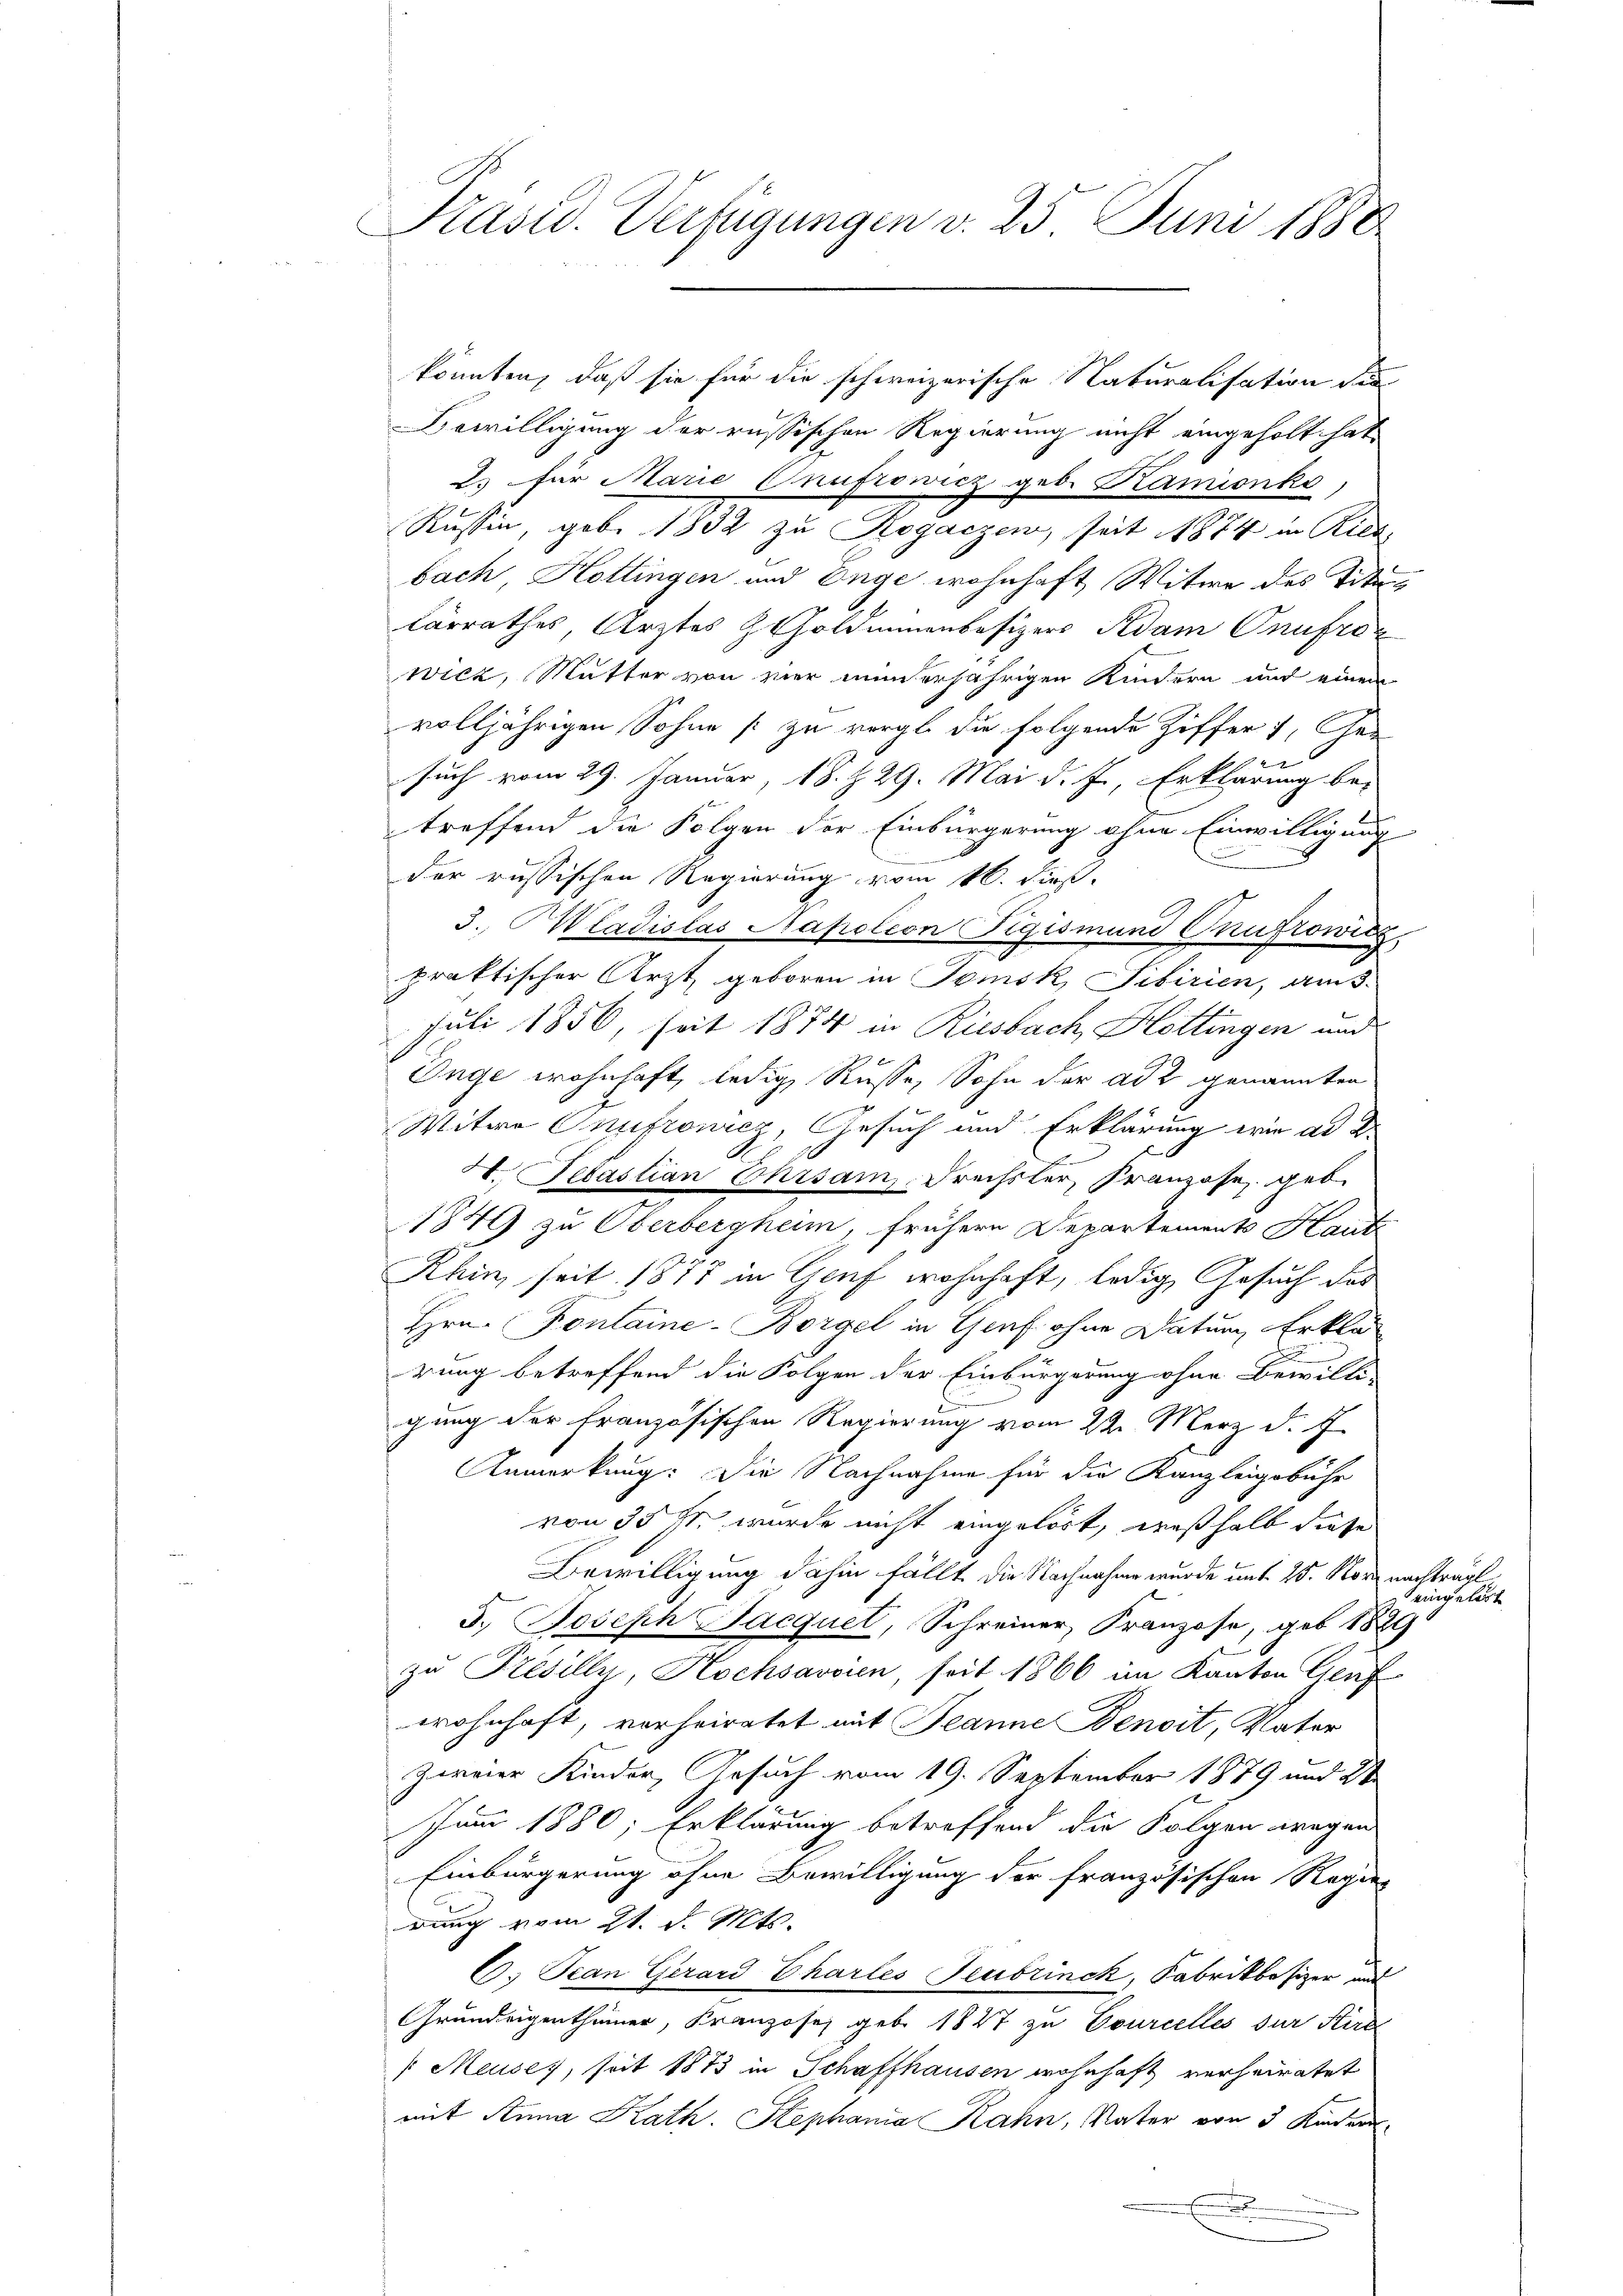
Präsid. Verfügungen v. 25 Juni 1888

Bewilligung der russischen Regierung nicht eingeholt hat,
2. für Marie Onufrowicz geb. Kamionko
Russin, geb. 1832 zu Rogaczen, seit 1874 in Rica,
bach Hottingen und Enge wohnhaft Witwe des Tite
lärrathes Ärztes H. Goldmünenbesizers Adam Onufro
wicz, Mutter von vier munerjährigen Kindern und einem
volljährigen Sohne [zu vergl. die folgende Ziffer, Ge-
such vom 29. Januar, 18. Z. 29. Mai d. J., Erklärung be-
treffend die Folgen der Einbürgerung ohne Einwilligung
der russischen Regierung vom 16. dieß.
3. Wladislas Napoleon Rigismund Crufrowicz
praktischer Arzt, geboren in Tomsk Sibirien, am 3.
Juli 1856, seit 1874 in Riesbach Hottingen und
Enge wohnhaft, ledig, Russe, Sohn der ad 2 genannten
Witwe Onufrowicz, Gesuch und Erklärung wie ad 2.
I. Petastian Ehrsam, Frechsler, Franzose geb.
1849 zu Oberbergheim, frühere Departements Haut
Rhin, seit 1877 in Genf wohnhaft, ledig, Gesuch das
Hrn. Kontaine-Borgel in Genf ohne Datum Erklär
rung betreffend die Folgen der Einbürgerung ohne Bewilli-
gung der französischen Regierung vom 22. März d. J
Anmerkung: Die Nachnahme für die Kanzleigebühr
von 35 s. wurde nicht eingelöst, weßhalb diese
Bewilligung dahin fällt die Nachnahme wurde unt. 25. Norz nachtraul
5.) Joseph Bacquel, Schreiner, Franzose, geb. 1889
zu Présill, Kochsavoin, soit 1866 im Kanton Genf
wohnhaft, vorheiratet mit Jeanne Benoit, Vater
zweier Kinder, Gesuch vom 19. September 1879 und St
Juni 1880; Erklärung betreffend die Folgen wegen
Einbürgerung ohne Bewilligung der französischen Regen
rung vom 21. d. Mts.
C. Tean Gerard Chartes Neubrinck, Fabrikbesizer und
Grundeigenthümer, Franzose, geb. 1847 zu Courcelles zur Stirb
Meuses, seit 1873 in Schaffhausen wohnhaft verheiratet
mit Anna Kath. Stephania Kahn, Vater von 3 Kinder
E

könnten, daß sie für die schweizerische Naturalisation die

eingelast